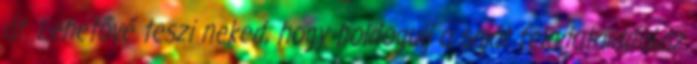
át. Lehetővé teszi neked, hogy boldogulj a saját feladataiddal,az